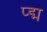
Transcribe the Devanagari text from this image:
प्द्म